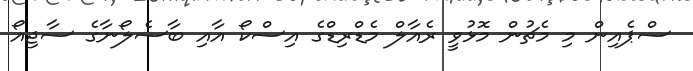
ސްޕެއިން މި މެޗުން މޮޅުވީ ރެއާލް މެޑްރިޑްގެ އިސްކޯ އާއި ބާސެލޯނާގެ ސާޖިއޯ